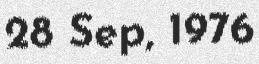
28 Sep, 1976